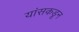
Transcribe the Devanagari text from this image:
यांसकडून